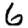
Digit: 6